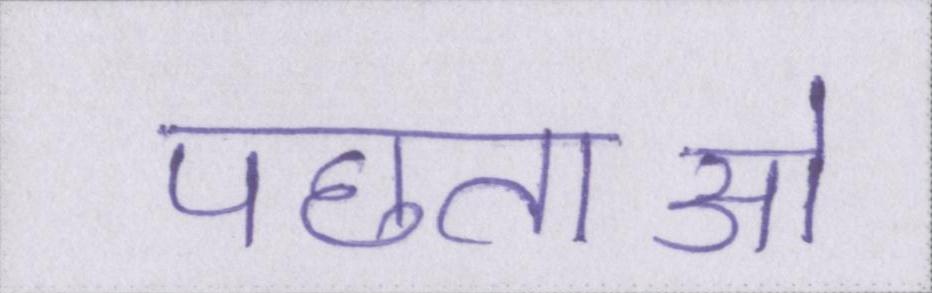
पछताओ